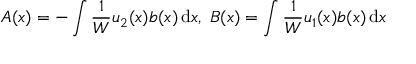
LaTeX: A ( x ) = - \int { \frac { 1 } { W } } u _ { 2 } ( x ) b ( x ) \, \mathrm { d } x , \; B ( x ) = \int { \frac { 1 } { W } } u _ { 1 } ( x ) b ( x ) \, \mathrm { d } x